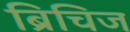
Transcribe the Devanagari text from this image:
ब्रिचिज